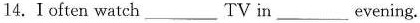
14.Ioften watch___TV in___evening.